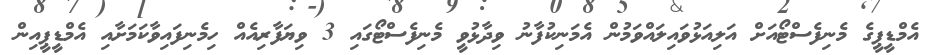
އެމްޑީޕީގެ މެނިފެސްޓޯއަށް އަލިއަޅުވައިލައްވަމުން އެމަނިކުފާނު ވިދާޅުވީ މެނިފެސްޓޯގައި 3 ވިޔަފާރިއެއް ހިމެނިފައިވާކަމަށާއި އެމްޑީޕީއިން